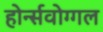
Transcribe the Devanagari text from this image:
होर्न्सवोग्गल